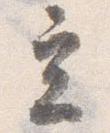
立